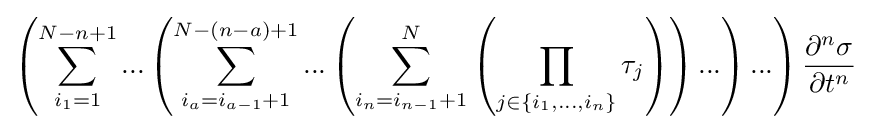
\left({\sum _{i_{1}=1}^{N-n+1}{...\left({\sum _{i_{a}=i_{a-1}+1}^{N-\left({n-a}\right)+1}{...\left({\sum _{i_{n}=i_{n-1}+1}^{N}{\left({\prod _{j\in \left\{{i_{1},...,i_{n}}\right\}}{\tau _{j}}}\right)}}\right)...}}\right)...}}\right){\frac {\partial ^{n}{\sigma }}{\partial {t}^{n}}}